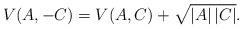
\begin{align*} V(A,-C) = V(A,C)+\sqrt{|A|\,|C|}.\end{align*}